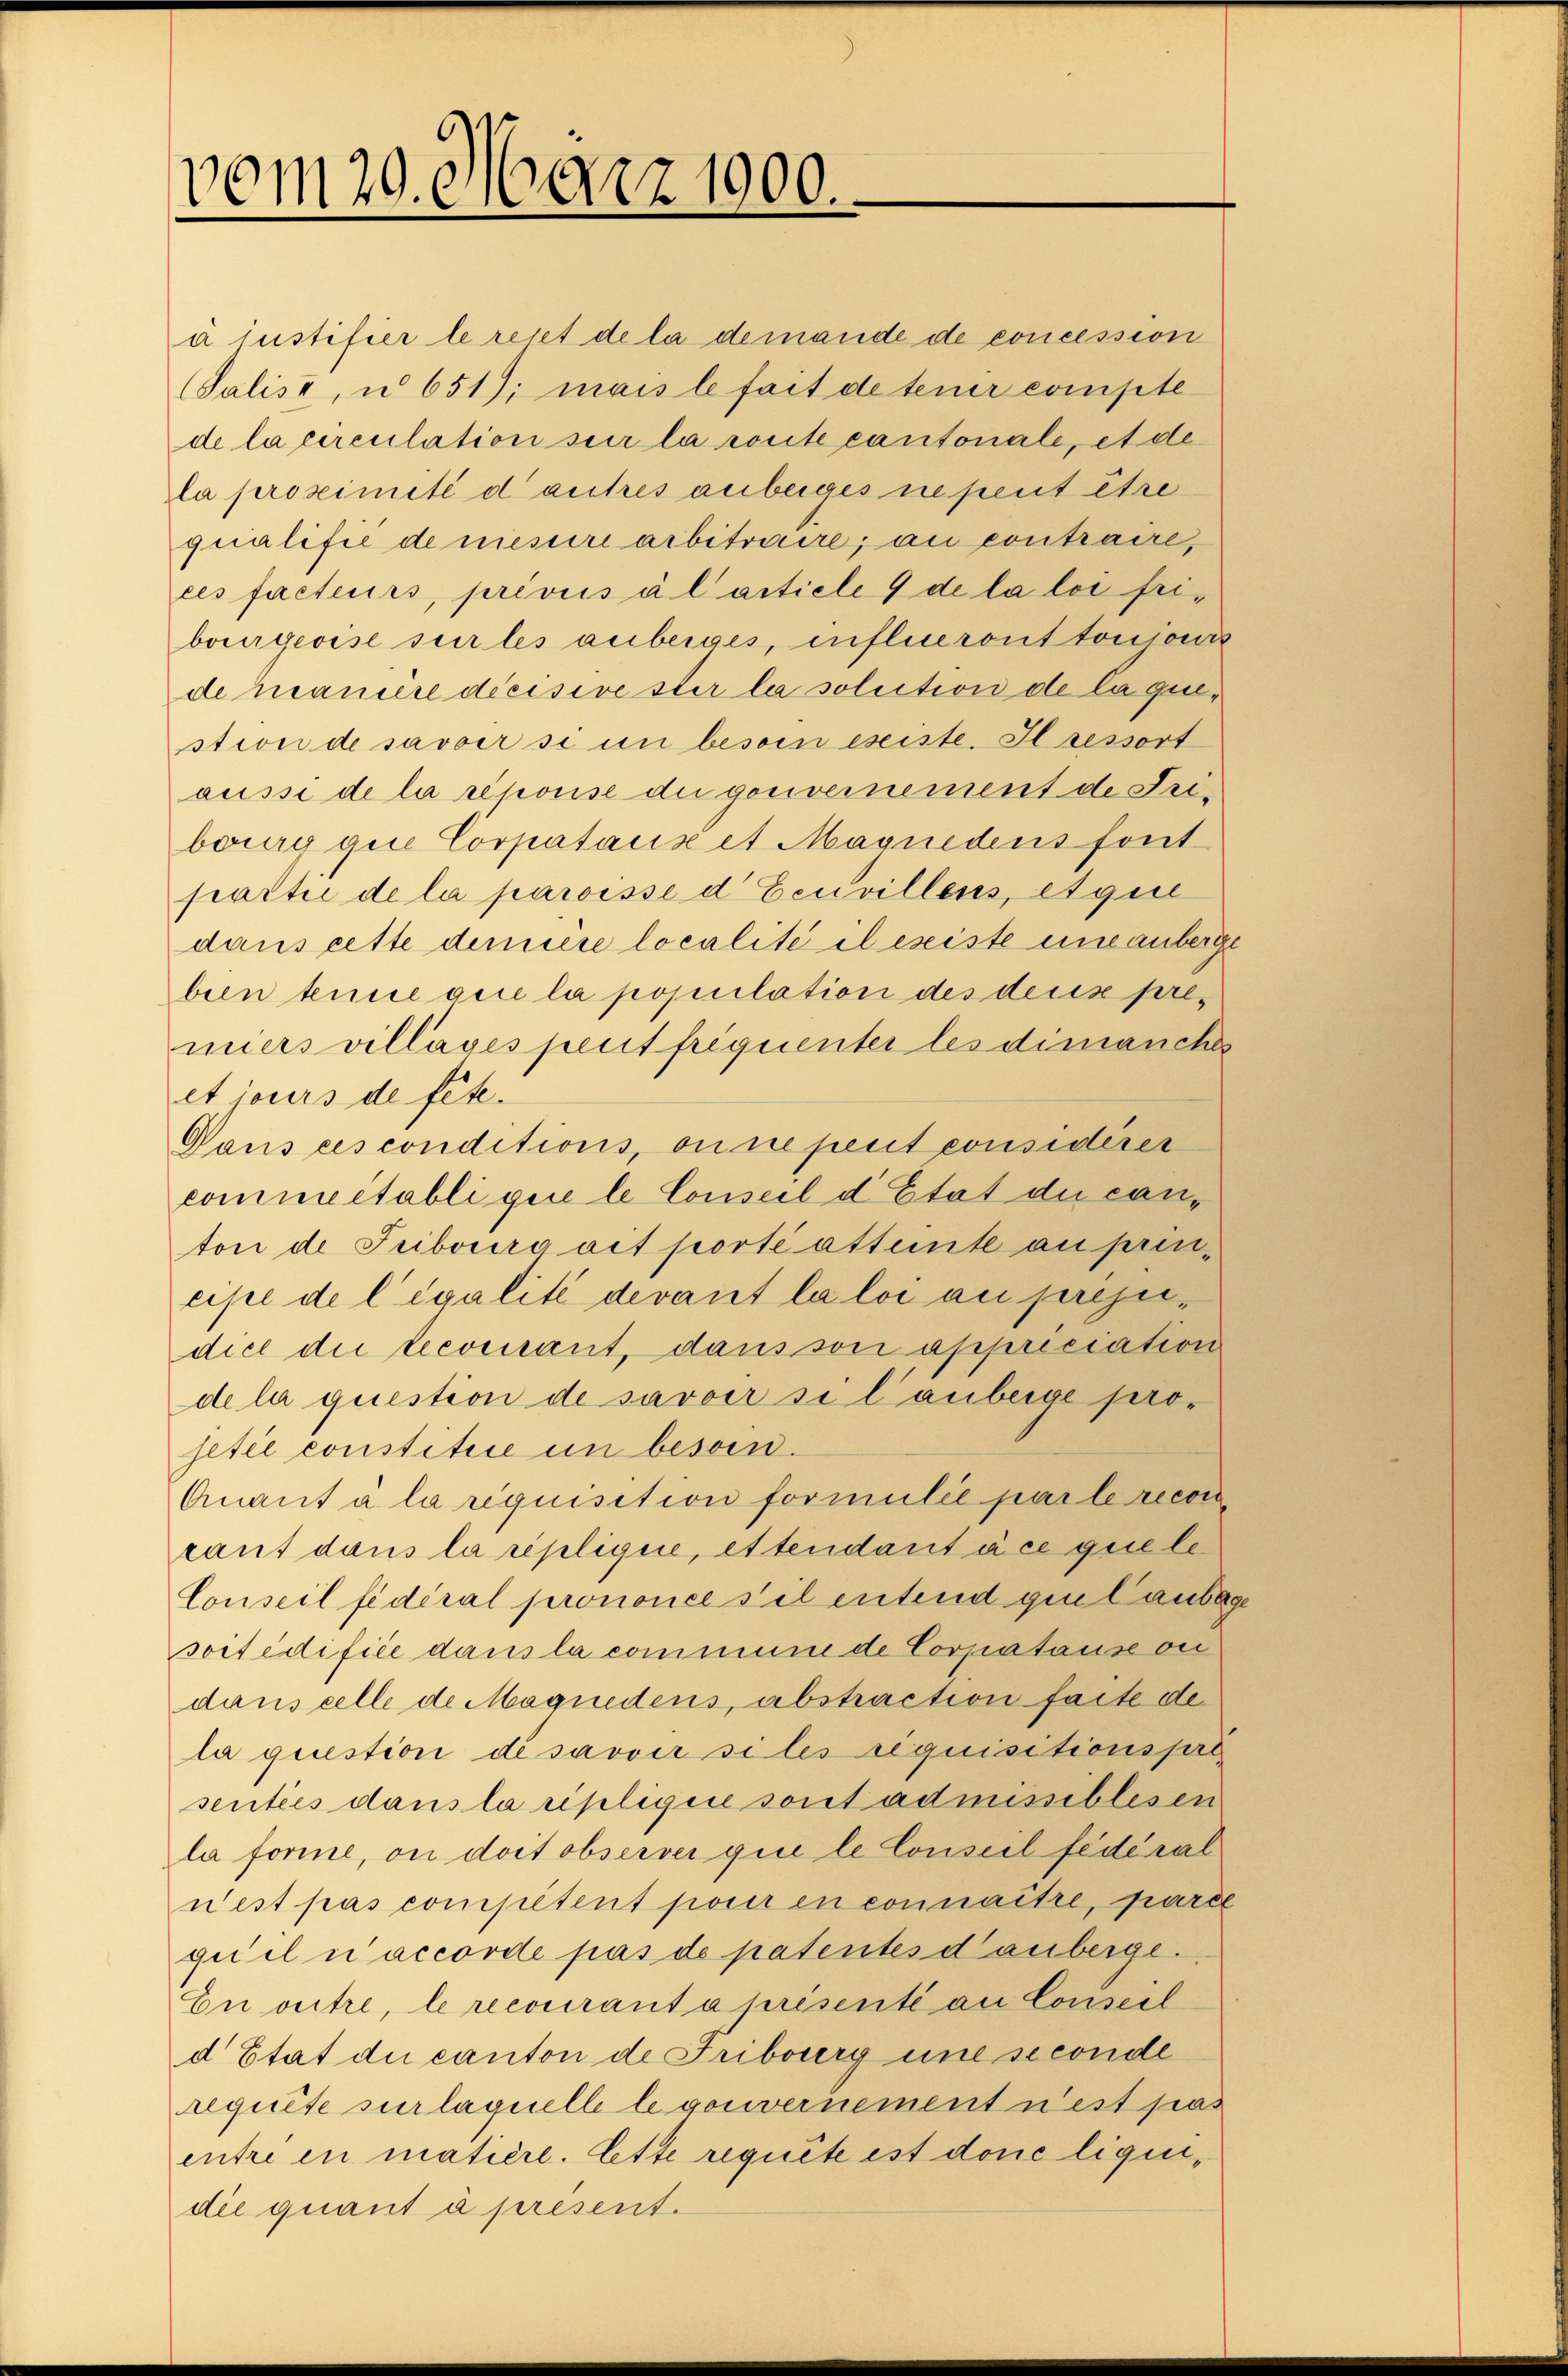
vom 20. März 1900.

a justifier le rejet de la demande de concession
(Salis, u 651); mais le fait de teuer compte
de la circulation seir la route cantonale, et de
la proximité d’autres anbeiges ne peut être
qualifie de niessere arbitraire; an contraire,
ces facteurs, privics à l’article 9 de la loi feibourgeoise sur les anberges, influeront tonionis
de maniere decisive ster la solution de la question de savoir si in besoin eseiste. Ilsessort
aüsse de la reporise du gouvernement de Tribourg que Corpataux et Magnidens font
partie de la paroisse d Eeuvillens, etquie
dans cette demiere localité il esiste eine anberg
bien tenue gice la population des deus premiers villages peut frequenter les dimanches
et jours de fete.
Dans ces conditions, on ne peut considerer
comme etabli que le Conseil d’Etat die can-
ton de Tribourg ait porté attente an principe de légalité devant la loi au prejudice die lecoricant, dans son appriciation
de la question de savoir si lanberge projetée constitiie un besoin.
Quant à la requisition formulie par le reconcant dans la repliquie, et tendant à ce quele
Conseil fédéral prononce s’il entend gunlaube
sortedifiée dans la commune de Corpatause ou
dans celle de Magnedens, abstraction faite de
la question désavoir si les requisitionspri
senties dans la repligiie sont admissiblesen
la forme, ou doit observer qui le Conseil fédéral
nest pas competent pour en connaître, paret
guel in accorde pas de patentes danberge¬
En outre, le recourant à présenté au Conseil
d Etat die canton de Friberg une seconde
requite sur laquelle le gouvernement n’est pas
entre in matière. Ette requite ist done liquidie quant à present.

2